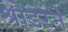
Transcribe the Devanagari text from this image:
श्रोडरने